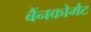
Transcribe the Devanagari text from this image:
बैंनकोमैट